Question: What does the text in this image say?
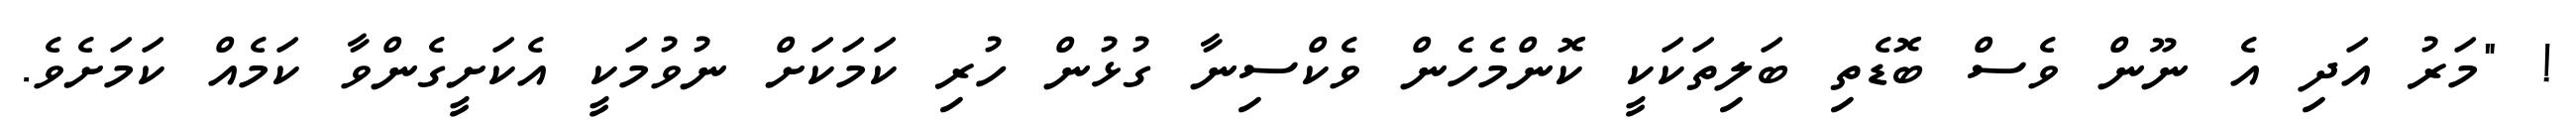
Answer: ! "މަރު އަދި އެ ނޫން ވެސް ބޮޑެތި ބަލިތަކަކީ ކޮންމެހެން ވެކްސިނާ ގުޅުން ހުރި ކަމަކަށް ނުވުމަކީ އެކަށީގެންވާ ކަމެއް ކަމަށެވެ.